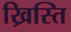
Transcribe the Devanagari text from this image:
ख्रिस्ति